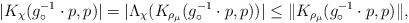
LaTeX: \begin{align*}|K_\chi(g_\circ^{-1}\cdot p,p)|=|\Lambda_\chi(K_{\rho_\mu}(g_\circ^{-1}\cdot p,p))|\leq \|K_{\rho_\mu}(g_\circ^{-1}\cdot p,p)\|,\end{align*}